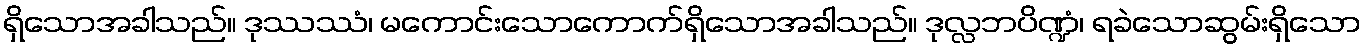
ရှိသောအခါသည်။ ဒုဿဿံ၊ မကောင်းသောကောက်ရှိသောအခါသည်။ ဒုလ္လဘပိဏ္ဍံ၊ ရခဲသောဆွမ်းရှိသော